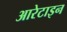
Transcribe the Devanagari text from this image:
आरेटाइन